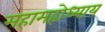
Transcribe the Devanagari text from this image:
महामहोध्याय